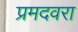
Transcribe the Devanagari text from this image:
प्रमदवरा